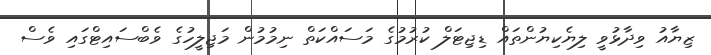
ޒިޔާއު ވިދާޅުވީ ލިޔެކިޔުންތައް ޑިޖިޓަލް ކުރުމުގެ މަސައްކަތް ނިމުމުން މަޖިލީހުގެ ވެބްސައިޓްގައި ވެސް